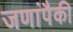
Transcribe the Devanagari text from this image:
जणांपैकी